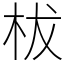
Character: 柭